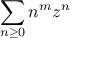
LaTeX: \sum _ { n \geq 0 } n ^ { m } z ^ { n }